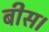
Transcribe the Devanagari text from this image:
बीस।